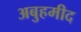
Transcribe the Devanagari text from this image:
अबुहमीद